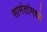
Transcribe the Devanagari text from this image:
सामंतांमध्ये